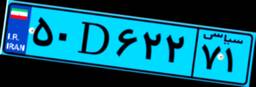
۵۰D۶۲۲۷۱